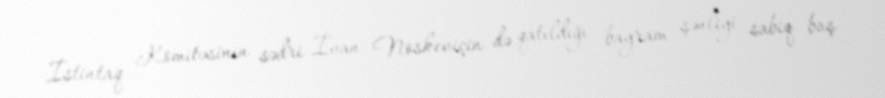
İstintaq Komitəsinin sədri İvan Noskeviçin də qatıldığı bayram şənliyi sabiq baş